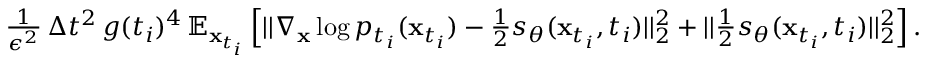
\begin{array} { r } { \frac { 1 } { \epsilon ^ { 2 } } \, \Delta t ^ { 2 } \, g ( t _ { i } ) ^ { 4 } \, \mathbb { E } _ { \mathbf { x } _ { t _ { i } } } \left[ | | \nabla _ { \mathbf { x } } \log p _ { t _ { i } } ( \mathbf { x } _ { t _ { i } } ) - \frac { 1 } { 2 } s _ { \theta } ( \mathbf { x } _ { t _ { i } } , t _ { i } ) | | _ { 2 } ^ { 2 } + | | \frac { 1 } { 2 } s _ { \theta } ( \mathbf { x } _ { t _ { i } } , t _ { i } ) | | _ { 2 } ^ { 2 } \right] . } \end{array}